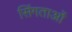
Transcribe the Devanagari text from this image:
सिंगताओं